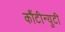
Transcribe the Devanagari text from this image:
कौंटीन्युटी